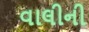
વાલીની